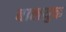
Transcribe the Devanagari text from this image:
बालयुक्त